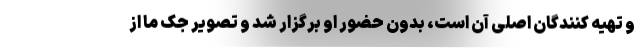
و تهیه کنندگان اصلی آن است، بدون حضور او برگزار شد و تصویر جک ما از